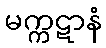
မက္ကဋာနံ